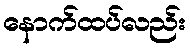
နောက်ထပ်လည်း